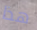
هذا